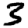
Digit: 3